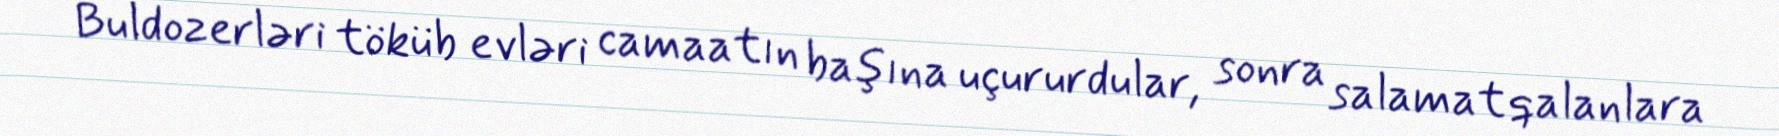
Buldozerləri töküb evləri camaatın başına uçururdular, sonra salamat qalanlara